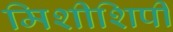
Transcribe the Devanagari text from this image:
मिशीशिपी